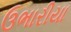
ઉભારીયા